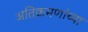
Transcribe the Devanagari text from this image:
अतिक्रमणांच्या